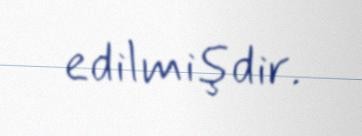
edilmişdir.